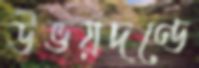
উভয়দণ্ডে